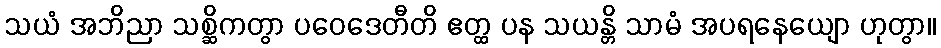
သယံ အဘိညာ သစ္ဆိကတွာ ပဝေဒေတီတိ ဧတ္ထ ပန သယန္တိ သာမံ အပရနေယျော ဟုတွာ။